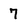
Character: 7